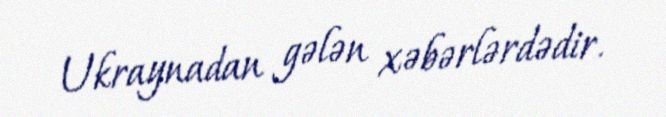
Ukraynadan gələn xəbərlərdədir.